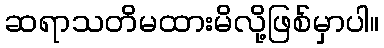
ဆရာသတိမထားမိလို့ဖြစ်မှာပါ။